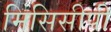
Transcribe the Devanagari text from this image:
मिसिसीपी